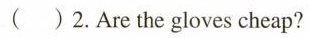
( )2.Are the gloves cheap?